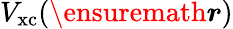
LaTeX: V_{\mathrm{xc}}(\ensuremath{\boldsymbol{r}})